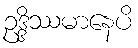
ဥဒ္ဒိဿမာနေပိ